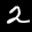
Label: 2